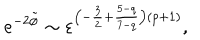
LaTeX: e ^ { - 2 \tilde { \phi } } \sim \varepsilon ^ { \left( - \frac { 3 } { 2 } + \frac { 5 - q } { 7 - q } \right) \left( p + 1 \right) } ,